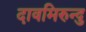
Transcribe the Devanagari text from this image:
दावमिरुन्दु